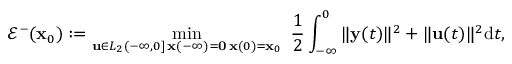
\mathcal { E } ^ { - } ( \mathbf { x } _ { 0 } ) : = \operatorname* { m i n } _ { \substack { \mathbf { u } \in L _ { 2 } ( - \infty , 0 ] \, \mathbf { x } ( - \infty ) = \mathbf { 0 } \, \mathbf { x } ( 0 ) = \mathbf { x } _ { 0 } } } \ \frac { 1 } { 2 } \int _ { - \infty } ^ { 0 } \Vert \mathbf { y } ( t ) \Vert ^ { 2 } + \Vert \mathbf { u } ( t ) \Vert ^ { 2 } \mathrm { d } t ,